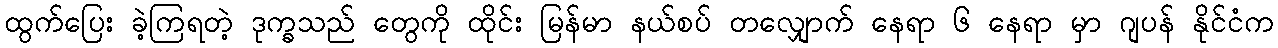
ထွက်ပြေး ခဲ့ကြရတဲ့ ဒုက္ခသည် တွေကို ထိုင်း မြန်မာ နယ်စပ် တလျှောက် နေရာ ၆ နေရာ မှာ ဂျပန် နိုင်ငံက